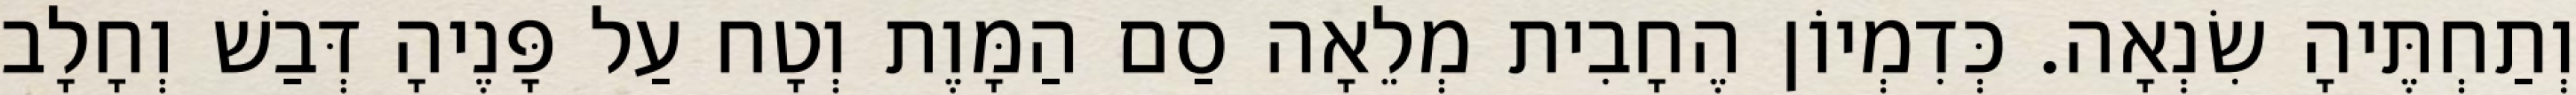
וְתַחְתֶּיהָ שִׂנְאָה. כְּדִמְיוֹן הֶחָבִית מְלֵאָה סַם הַמָּוֶת וְטָח עַל פָּנֶיהָ דְּבַשׁ וְחָלָב